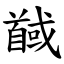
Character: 馘